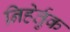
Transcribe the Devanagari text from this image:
निहेर्तुक